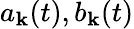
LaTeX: a_{\mathbf{k}}(t),b_{\mathbf{k}}(t)